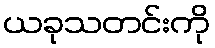
ယခုသတင်းကို